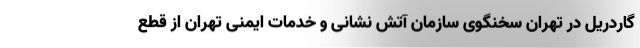
گاردریل در تهران سخنگوی سازمان آتش نشانی و خدمات ایمنی تهران از قطع